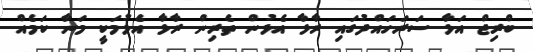
ބްރިޖް އަޅާ ސަރަހައްދުގައި ރާޅާ އެޅުން ތެރިން ރާޅާ އެޅުމަކީ މަނާ ކަމެއް